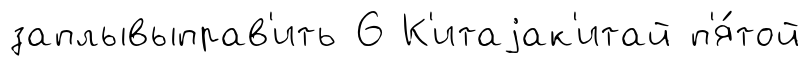
заплывыправ'ить 6 К'итаjак'итай п'я́той